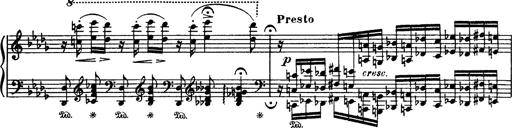
Title: Paraphrase de concert sur Rigoletto
Composer: Franz Liszt